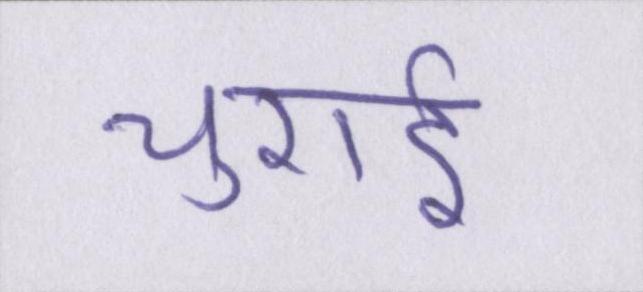
चुराई